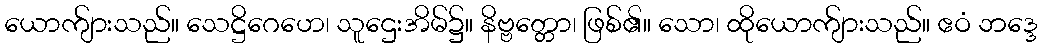
ယောက်ျားသည်။ သေဋ္ဌိဂေဟေ၊ သူဌေးအိမ်၌။ နိဗ္ဗတ္တော၊ ဖြစ်၏။ သော၊ ထိုယောက်ျားသည်။ ဧဝံ ဘဒ္ဒေ